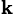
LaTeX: ^{\mathbf{k}}